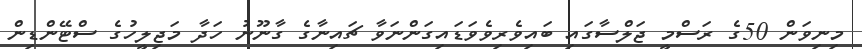
މިނިވަން 50ގެ ރަސްމީ ޖަލްސާގައި ބައިވެރިވެވަޑައިގަންނަވާ ޗައިނާގެ ގާނޫނު ހަދާ މަޖިލީހުގެ ސްޓޭންޑިން